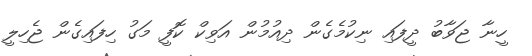
ހީނާ ޖަވާބު ދީފައި ނިކުމެގެން ދިއުމުން އަވިކް ކޮފީ މަގު ހިފައިގެން ޖެހިލީ